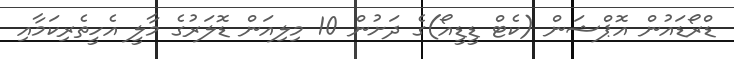
ޑްރޯޑައުން އޮޕްޝަން (ކެޓް ޑީޑީއޯ)ގެ ދަށުން 10 މިލިއަން ޑޮލަރުގެ މާލީ އެހީތެރިކަމާއި